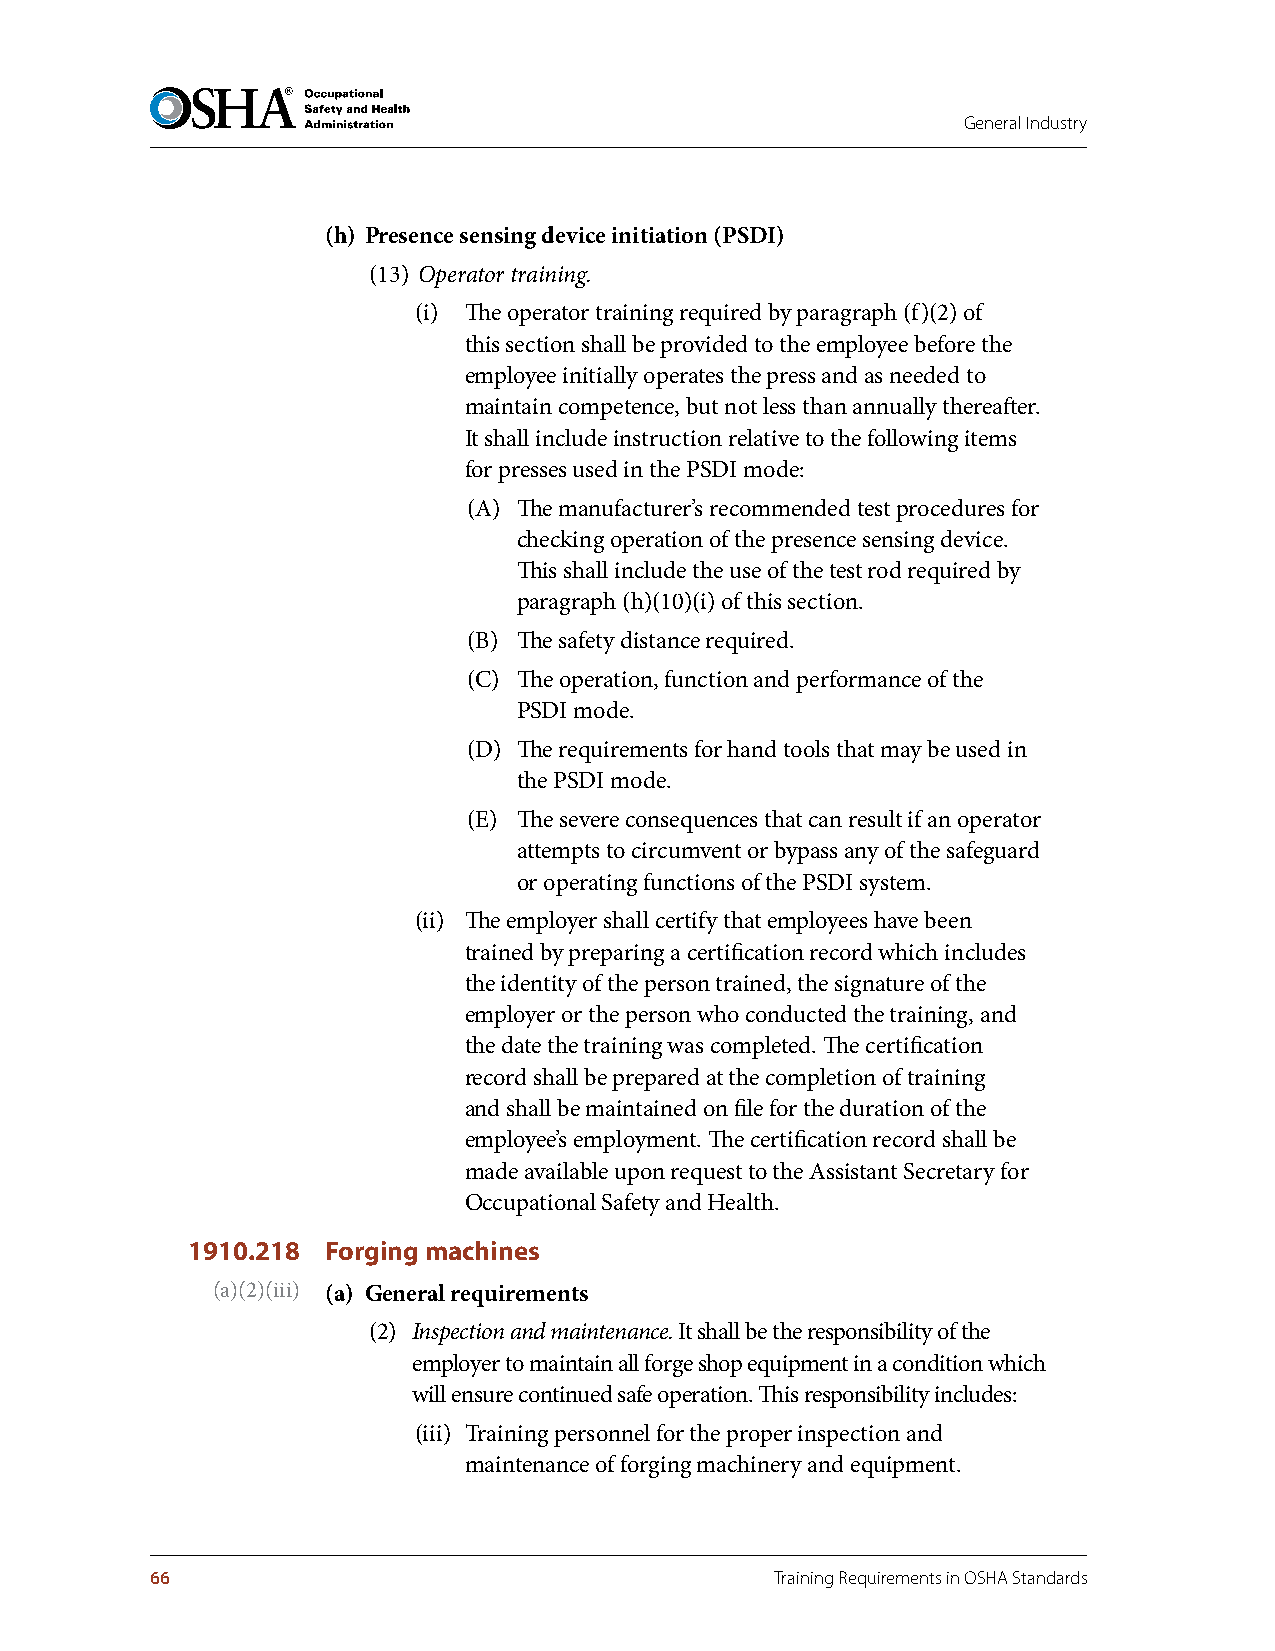
General Industry
 (h) Presence sensing device initiation (PSDI)
 (13) Operator training.
 (i) The operator training required by paragraph (f)(2) of
 this section shall be provided to the employee before the
 employee initially operates the press and as needed to
 maintain competence, but not less than annually thereafter.
 It shall include instruction relative to the following items
 for presses used in the PSDI mode:
 (A) The manufacturer’s recommended test procedures for
 checking operation of the presence sensing device.
 This shall include the use of the test rod required by
 paragraph (h)(10)(i) of this section.
 (B) The safety distance required.
 (C) The operation, function and performance of the
 PSDI mode.
 (D) The requirements for hand tools that may be used in
 the PSDI mode.
 (E) The severe consequences that can result if an operator
 attempts to circumvent or bypass any of the safeguard
 or operating functions of the PSDI system.
 (ii) The employer shall certify that employees have been
 trained by preparing a certification record which includes
 the identity of the person trained, the signature of the
 employer or the person who conducted the training, and
 the date the training was completed. The certification
 record shall be prepared at the completion of training
 and shall be maintained on file for the duration of the
 employee’s employment. The certification record shall be
 made available upon request to the Assistant Secretary for
 Occupational Safety and Health.
 1910.218  Forging machines
 (a)(2)(iii) (a) General requirements
 (2) Inspection and maintenance. It shall be the responsibility of the
 employer to maintain all forge shop equipment in a condition which
 will ensure continued safe operation. This responsibility includes:
 (iii) Training personnel for the proper inspection and
 maintenance of forging machinery and equipment.
 66                                       Training Requirements in OSHA Standards